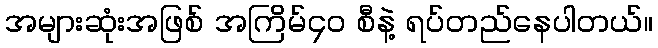
အများဆုံးအဖြစ် အကြိမ်၄၀ စီနဲ့ ရပ်တည်နေပါတယ်။